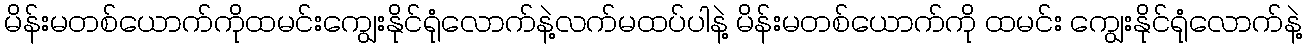
မိန်းမတစ်ယောက်ကိုထမင်းကျွေးနိုင်ရုံလောက်နဲ့လက်မထပ်ပါနဲ့ မိန်းမတစ်ယောက်ကို ထမင်း ကျွေးနိုင်ရုံလောက်နဲ့